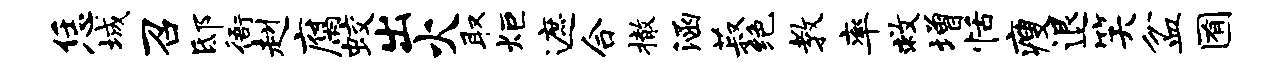
恁城召邸衙赳腐蛟出火取炬遮合撤涵菽绝教率救增恬瘦退笑盆囿